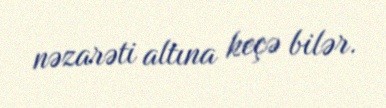
nəzarəti altına keçə bilər.